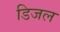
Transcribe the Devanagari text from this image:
डिजल